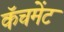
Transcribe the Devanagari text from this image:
कॅचमेंट